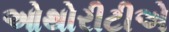
ઓથોરીટીએ